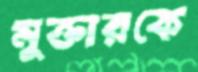
মুক্তারকে